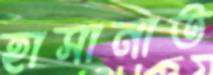
হাসানাত